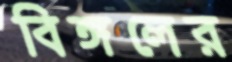
বিঙ্গলের